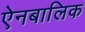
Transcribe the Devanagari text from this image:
ऐनबालिक